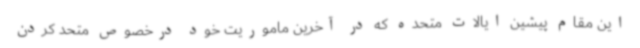
این مقام پیشین ایالات متحده که در آخرین ماموریت خود درخصوص متحد کردن